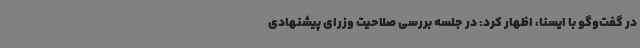
در گفت‌وگو با ایسنا، اظهار کرد: در جلسه بررسی صلاحیت وزرای پیشنهادی